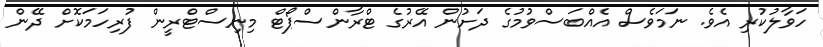
ހަވާލުކުރި އެވެ. ނަމަވެސް އެއްބަސްވުމުގެ ދަށުން އޭރުގެ ޓްރާންސްޕޯޓް މިނިސްޓްރީން ފުރިހަމަކޮށް ދޭން